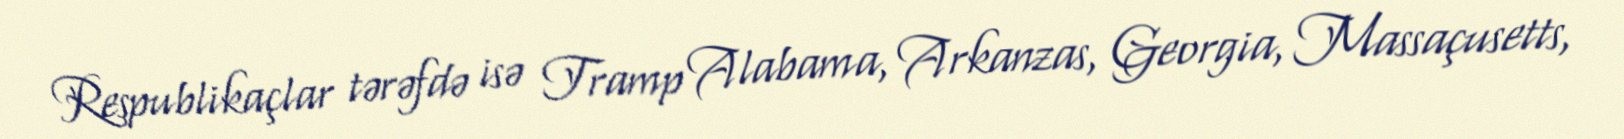
Respublikaçlar tərəfdə isə Tramp Alabama, Arkanzas, Georgia, Massaçusetts,